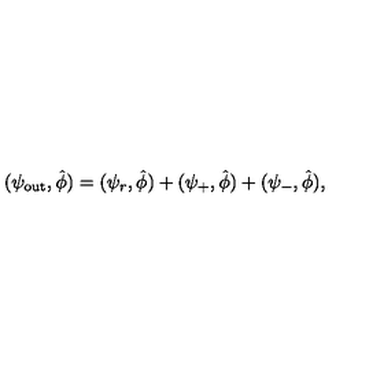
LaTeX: ( \psi _ { \mathrm { o u t } } , \hat { \phi } ) = ( \psi _ { r } , \hat { \phi } ) + ( \psi _ { + } , \hat { \phi } ) + ( \psi _ { - } , \hat { \phi } ) ,